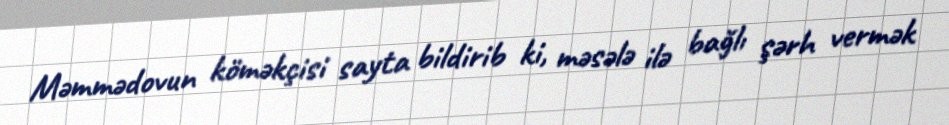
Məmmədovun köməkçisi sayta bildirib ki, məsələ ilə bağlı şərh vermək